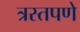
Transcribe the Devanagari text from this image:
त्रस्तपणे